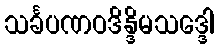
သင်္ခပဏဝဒိန္ဒိမသဒ္ဒေါ